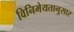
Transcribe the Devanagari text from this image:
विनिमेयतानुसार